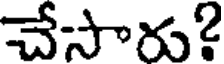
చేసారు?